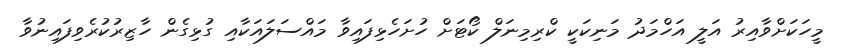
މީހަކަށްވާއިރު އަލީ އަހްމަދު މަނިކަކީ ކްރިމިނަލް ކޯޓަށް ހުށަހެޅިފައިވާ މައްސަލައަކާއި ގުޅިގެން ހާޒިރުކުރެވިފައިނުވާ